Scottish Leaving Certificate Examination, 1961
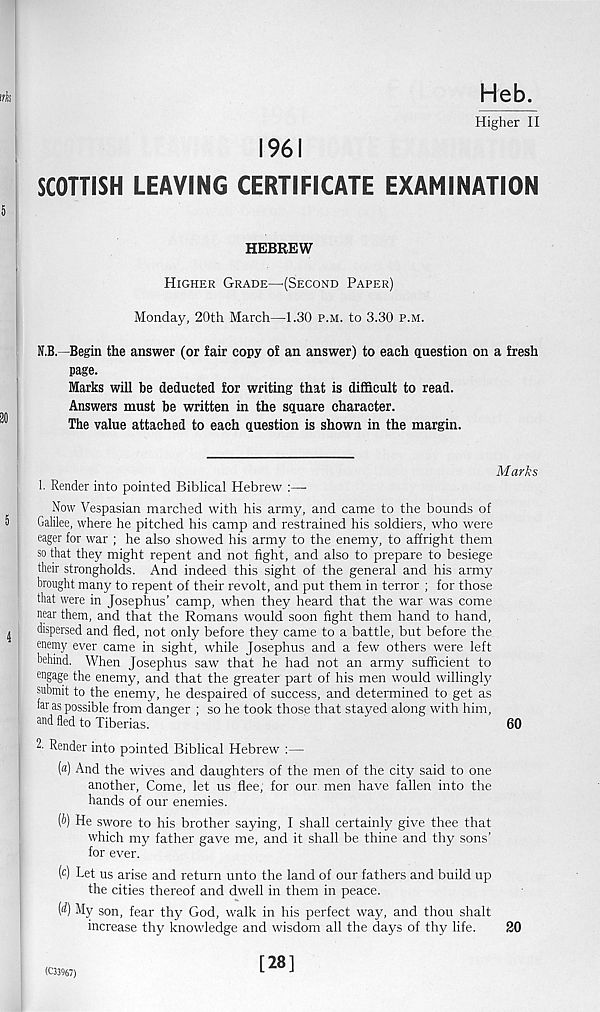
Heb.
Higher II
1961
SCOTTISH LEAVING CERTIFICATE EXAMINATION
HEBREW
Higher Grade—(Second Paper)
Monday, 20th March—1.30 p.m. to 3.30 p.m.
N.B.—Begin the answer (or fair copy of an answer) to each question on a fresh
page.
Marks will be deducted for writing that is difficult to read.
Answers must be written in the square character.
The value attached to each question is shown in the margin.
Marks
1. Render into pointed Biblical Hebrew :—•
Now Vespasian marched with his army, and came to the bounds of
Galilee, where he pitched his camp and restrained his soldiers, who were
eager for war ; he also showed his army to the enemy, to affright them
so that they might repent and not fight, and also to prepare to besiege
their strongholds. And indeed this sight of the general and his army
brought many to repent of their revolt, and put them in terror ; for those
that were in Josephus’ camp, when they heard that the war was come
near them, and that the Romans would soon fight them hand to hand,
dispersed and fled, not only before they came to a battle, but before the
enemy ever came in sight, while Josephus and a few others were left
behind. When Josephus saw that he had not an army sufficient to
engage the enemy, and that the greater part of his men would willingly
submit to the enemy, he despaired of success, and determined to get as
hr as possible from danger ; so he took those that stayed along with him,
and fled to Tiberias.
60
2. Render into pointed Biblical Hebrew :—
(a) And the wives and daughters of the men of the city said to one
another, Come, let us flee, for our. men have fallen into the
hands of our enemies.
(i>) He swore to his brother saying, I shall certainly give thee that
which my father gave me, and it shall be thine and thy sons’
for ever.
( c ) Let us arise and return unto the land of our fathers and build up
the cities thereof and dwell in them in peace.
(rf) My son, fear thy God, walk in his perfect way, and thou shalt
increase thy knowledge and wisdom all the days of thy life.
20
(C33967)
[28]